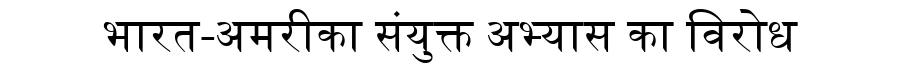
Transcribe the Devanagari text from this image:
भारत-अमरीका संयुक्त अभ्यास का विरोध